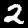
Label: 2